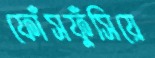
ফোঁসফুঁসিয়ে